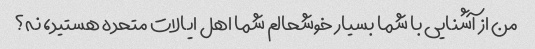
من از آشنایی با شما بسیار خوشحالم شما اهل ایالات متحده هستید، نه؟